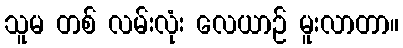
သူမ တစ် လမ်းလုံး လေယာဉ် မူးလာတာ။